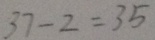
3 7 - 2 = 3 5